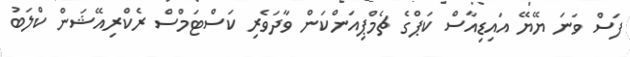
ފަސް ވަނަ ޔޭޔޭ އައިޑިއާސް ކަޕްގެ ޗެމްޕިއަންކަން ވާދަވެރި ކަސްޓަމްސް ރެކްރިއޭޝަން ކްލަބު